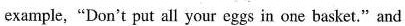
example,'"Don't put all your egggs in one basket "and